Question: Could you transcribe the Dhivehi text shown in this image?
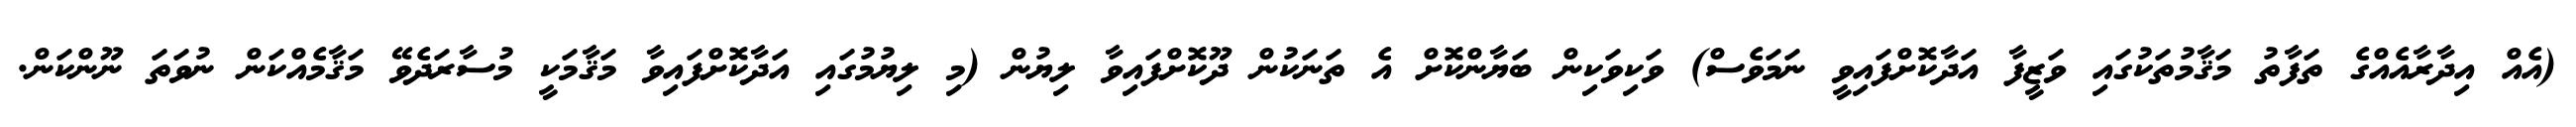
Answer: (އެއް އިދާރާއެއްގެ ތަފާތު މަޤާމުތަކުގައި ވަޒީފާ އަދާކޮށްފައިވީ ނަމަވެސް) ވަކިވަކިން ބަޔާންކޮށް އެ ތަނަކުން ދޫކޮށްފައިވާ ލިޔުން (މި ލިޔުމުގައި އަދާކޮށްފައިވާ މަޤާމަކީ މުސާރަދެވޭ މަޤާމެއްކަން ނުވަތަ ނޫންކަން.